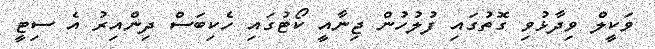
ވަކީލް ވިދާޅުވި ގޮތުގައި ފުލުހުން ޖިނާއީ ކޯޓުގައި ހެކިބަސް ދިންއިރު އެ ސިޓީ